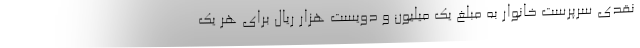
نقدی سرپرست خانوار به مبلغ یک میلیون و دویست هزار ریال برای هر یک